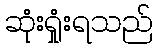
ဆုံးရှုံးရသည်